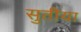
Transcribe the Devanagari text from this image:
सुतीया